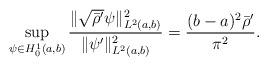
LaTeX: \begin{align*} {\sup_{\psi\in H^1_0(a,b)} \frac{ \|\sqrt{\bar{\rho}'}\psi\|^2_{L^2(a,b)} }{\|\psi'\|^2_{L^2(a,b)}}} = \frac{(b-a)^2\bar{\rho}' }{ \pi^2}. \end{align*}